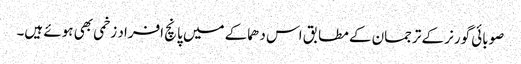
صوبائی گورنر کے ترجمان کے مطابق اس دھماکے میں پانچ افراد زخمی بھی ہوئے ہیں۔